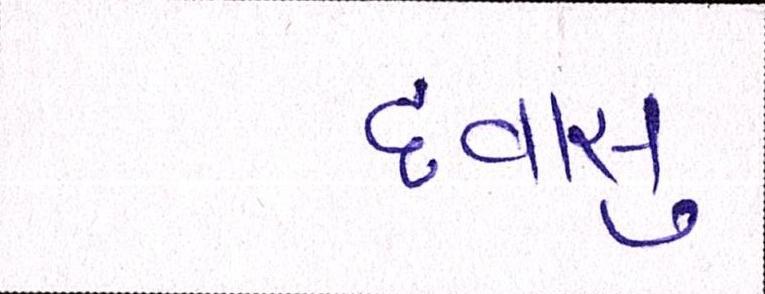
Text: દવાસુ